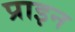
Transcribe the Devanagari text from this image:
प्राइन